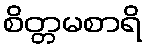
စိတ္တမစာရိ